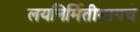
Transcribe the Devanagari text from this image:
लयनिर्मितीमागचे